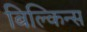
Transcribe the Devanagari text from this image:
बिल्किन्स